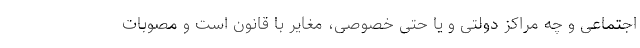
اجتماعی و چه مراکز دولتی و یا حتی خصوصی، مغایر با قانون است و مصوبات